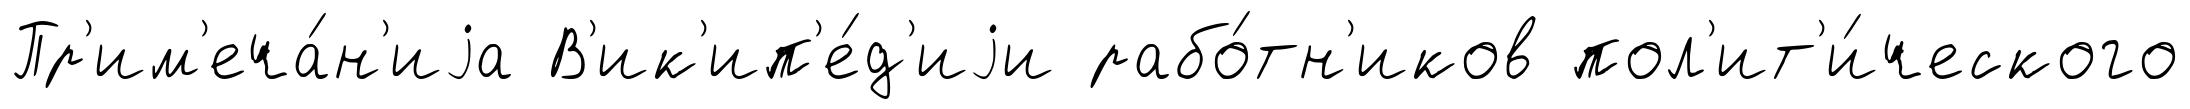
Пр'им'еча́н'иjа В'ик'ип'е́д'иjи рабо́тн'иков пол'ит'и́ческого